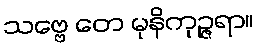
သဗ္ဗေ တေ မုနိကုဉ္ဇရာ။